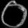
Digit: ၀